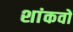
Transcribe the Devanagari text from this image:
शांकवों